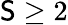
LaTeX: \mathsf{S}\geq2